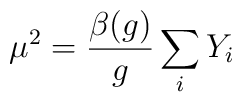
\mu^2=\frac{\beta(g)}{g}\sum_iY_i